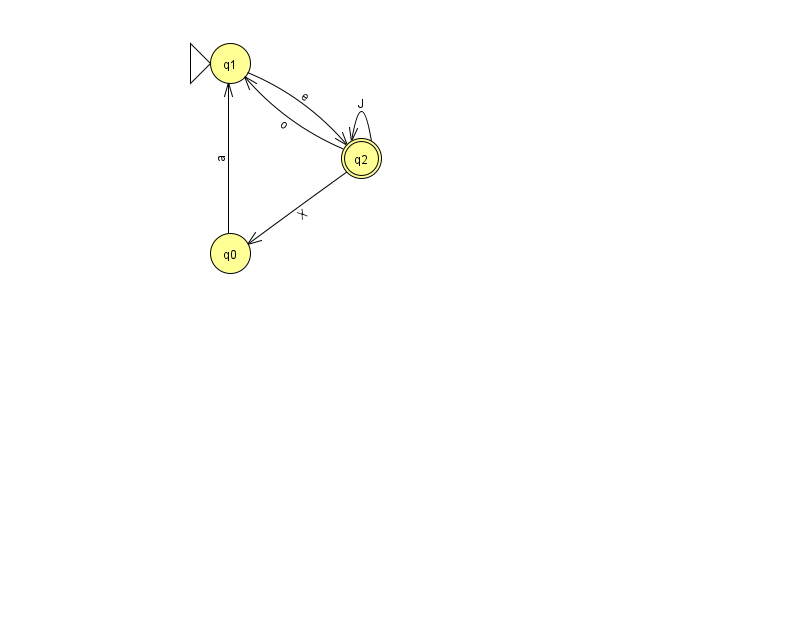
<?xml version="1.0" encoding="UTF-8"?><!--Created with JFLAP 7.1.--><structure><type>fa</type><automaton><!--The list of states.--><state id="0" name="q0"><x>230.0</x><y>240.0</y></state><state id="1" name="q1"><x>230.0</x><y>50.0</y><initial/></state><state id="2" name="q2"><x>361.0</x><y>145.0</y><final/></state><!--The list of transitions.--><transition><from>2</from><to>1</to><read>o</read></transition><transition><from>1</from><to>2</to><read>e</read></transition><transition><from>2</from><to>2</to><read>J</read></transition><transition><from>0</from><to>1</to><read>a</read></transition><transition><from>2</from><to>0</to><read>X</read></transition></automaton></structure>